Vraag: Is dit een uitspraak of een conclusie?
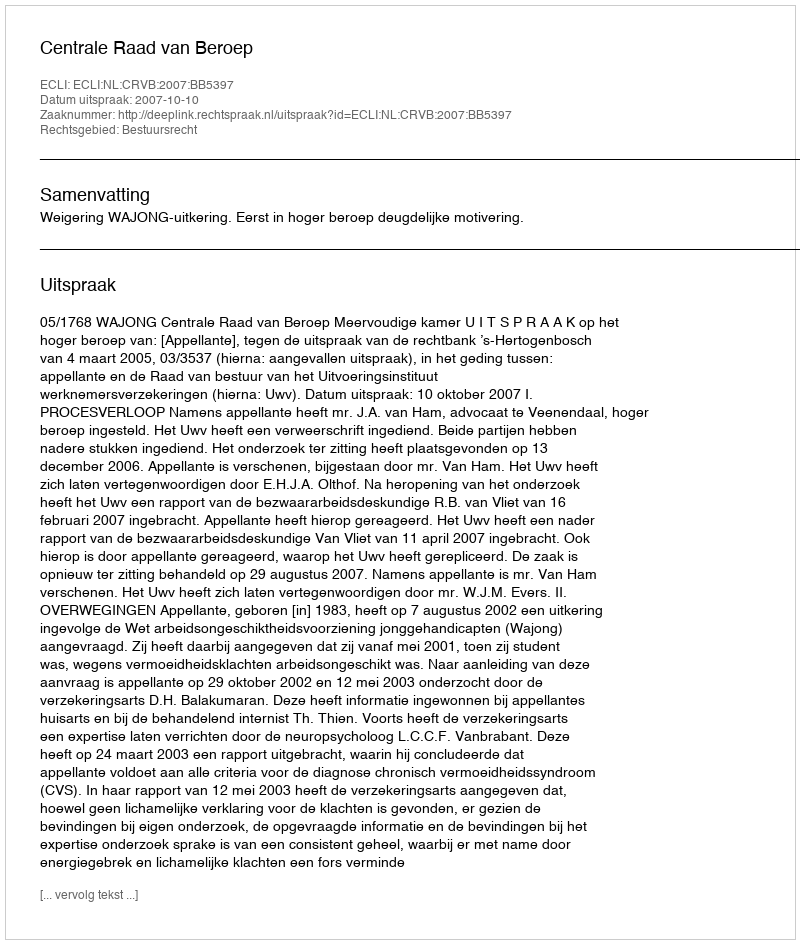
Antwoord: Uitspraak